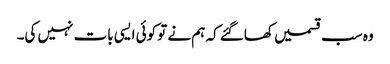
وہ سب قسمیں کھاگئے کہ ہم نے تو کوئی ایسی بات نہیں کی۔